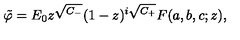
\tilde { \varphi } = E _ { 0 } z ^ { \sqrt { C _ { - } } } ( 1 - z ) ^ { i \sqrt { C _ { + } } } F ( a , b , c ; z ) ,